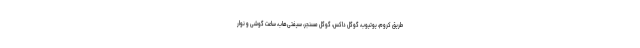
طریق کروم، یوتیوب، گوگل داکس، گوگل مسنجر، سیفتی‌هاب، ساعت گوشی و نوار